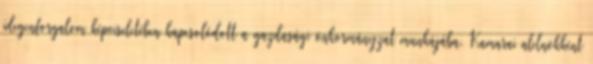
idegenforgalom képviseletében kapcsolódott a gazdasági önkormányzat munkájába. Kamarai alelnökként